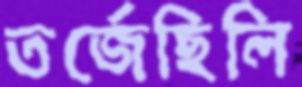
তর্জেছিলি